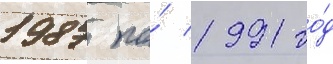
1987 по́ 1991 го́д